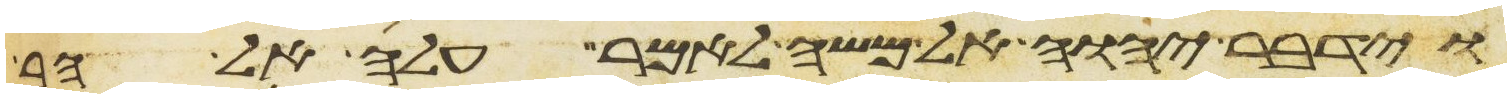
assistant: וידבר יהוה אל משה לאמר עלה אל הר